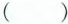
( )